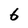
Character: 6